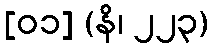
[၀၁] (နိ၊ ၂၂၃)